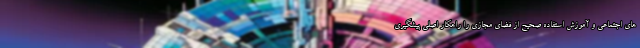
های اجتماعی و آموزش استفاده صحیح از فضای مجازی را راهکار اصلی پیشگیری